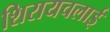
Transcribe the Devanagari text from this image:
शिरायचलाई